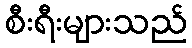
စီးရီးများသည်